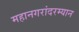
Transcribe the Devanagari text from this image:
महानगरांदरम्यान